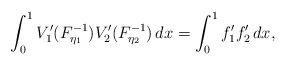
LaTeX: \begin{align*}\int_0^1 V_1'(F_{\eta_1}^{-1})V_2'(F_{\eta_2}^{-1})\,dx = \int_0^1 f_1'f_2'\,dx,\end{align*}